Report of the Municipal Commissioner on the plague in Bombay for the year ending 31st May... - Volume 2
Disease focus: Plague
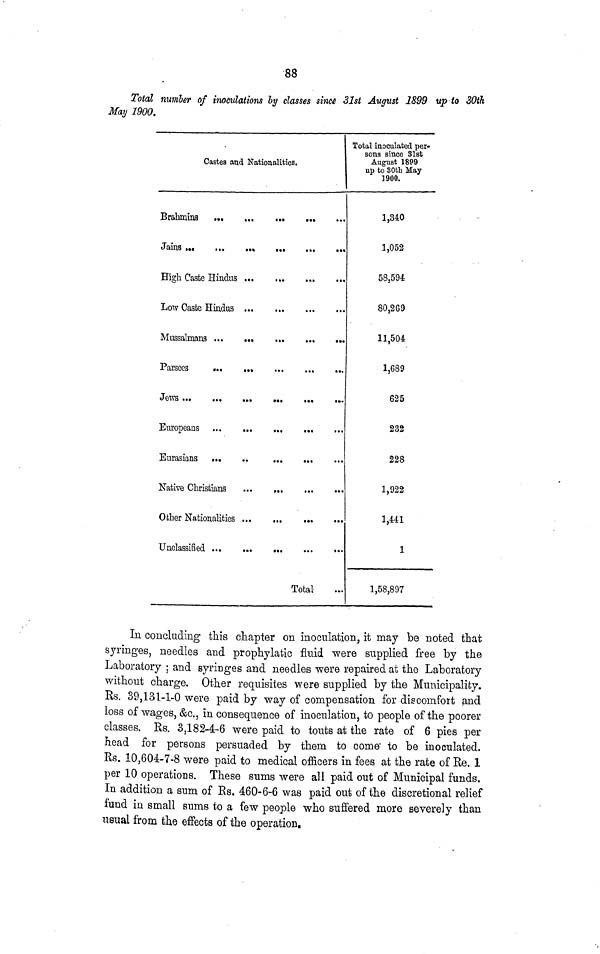
88
Total number of inoculations by classes since 31st August 2899 up to 30ili
May 1900.
Castes and Nationalities.
High Caste Hindus
Low Caste Hindus
Eurasians
...
..
....
Native Christians
...
,
Total-
Total inoculated per-
sons since Slat
August 1899
up to 30th May
1900.
1,340
1,052
58,594
80,269
11,504
1,689
625
232
228
1,922
1,441
1
1,58,897
In concluding this chapter on inoculation, it may be noted that
syringes, needles and prophylatic fluid were supplied free by the
Laboratory ; and syringes and needles were repaired at the Laboratory
without charge. Other requisites were supplied by the Municipality.
Rs. 39,131-1-0 were paid by way of compensation for discomfort and
loss of wages, &c., in consequence of inoculation, to people of the poorer
classes. Rs. 3,182-4-6 were paid to touts at the rate of 6 pies per
head for persons persuaded by them to coma to be inoculated.
Rs. 10,604-7-8 were paid to medical officers in fees at the rate of Re. 1
per 10 operations. These sums were all paid out of Municipal funds.
In addition a sum of Rs. 460-6-6 was paid out of the discretional relief
fund in small sums to a few people who suffered more severely than
usual from the effects of the operation.